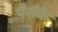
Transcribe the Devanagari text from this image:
पैरौके